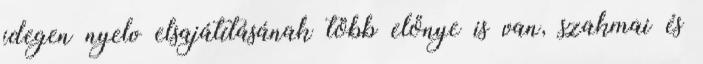
idegen nyelv elsajátításának több előnye is van, szakmai és